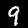
Digit: 9